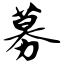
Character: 募